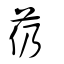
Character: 芿